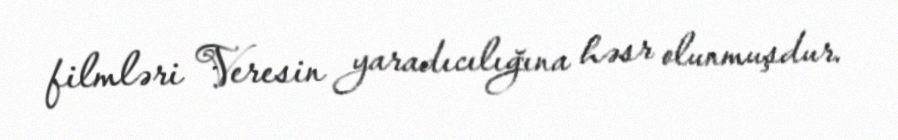
filmləri Veresin yaradıcılığına həsr olunmuşdur.